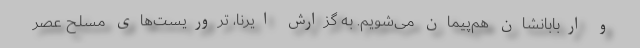
و اربابانشان هم‌پیمان می‌شویم. به گزارش ایرنا، تروریست‌های مسلح عصر